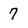
Character: 7